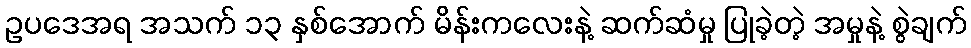
ဥပဒေအရ အသက် ၁၃ နှစ်အောက် မိန်းကလေးနဲ့ ဆက်ဆံမှု ပြုခဲ့တဲ့ အမှုနဲ့ စွဲချက်